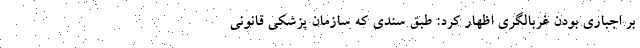
بر اجباری بودن غربالگری اظهار کرد: طبق سندی که سازمان پزشکی قانونی